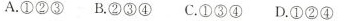
A.①②③B.②③④C.①③④D.①②④